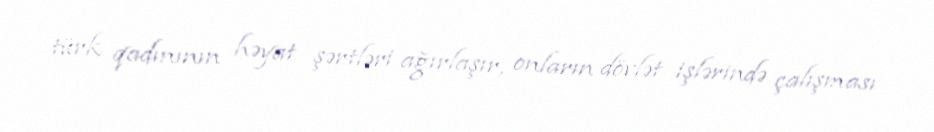
türk qadınının həyat şərtləri ağırlaşır, onların dövlət işlərində çalışması